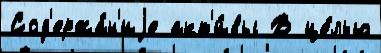
Сод'ержа́н'иjе акт'и́вы В це́лью